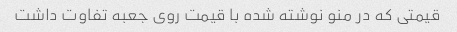
قیمتی که در منو نوشته شده با قیمت روی جعبه تفاوت داشت